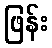
ဖြန်း